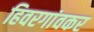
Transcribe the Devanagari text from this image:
हिवरगांवकर